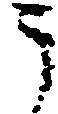
う